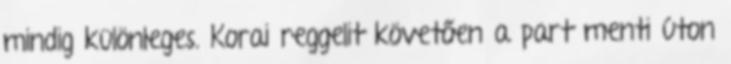
mindig különleges. Korai reggelit követően a part menti úton